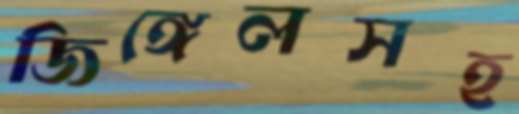
জিঙ্গেলসহ